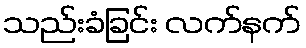
သည်းခံခြင်း လက်နက်